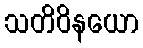
သတိဝိနယော